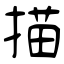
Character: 描